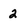
Character: 2